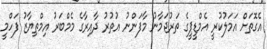
އެގޮތަށް އަމަލުކުރީ އެމްޑީޕީގެ ތަރުޖަމާނު މާފަންނު އުތުރު ދާއިރާގެ މެމްބަރު އިމްތިޔާޒު ފަހްމީ